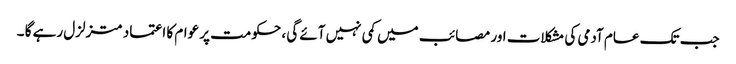
جب تک عام آدمی کی مشکلات اور مصائب میں کمی نہیں آئے گی ، حکومت پر عوام کا اعتماد متزلزل رہے گا ۔